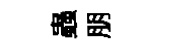
蟲朋